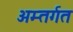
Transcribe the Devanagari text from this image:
अम्तर्गत